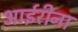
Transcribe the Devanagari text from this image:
आईरीना